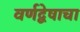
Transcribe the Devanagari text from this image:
वर्णद्वेषाचा